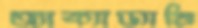
অ্যাক্যাড্যামি